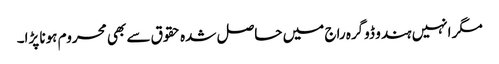
مگر انہیں ہندو ڈوگرہ راج میں حاصل شدہ حقوق سے بھی محروم ہونا پڑا۔